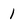
Character: 1